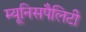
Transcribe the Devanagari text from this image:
म्यूनिसपैलिटी